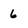
Character: 6